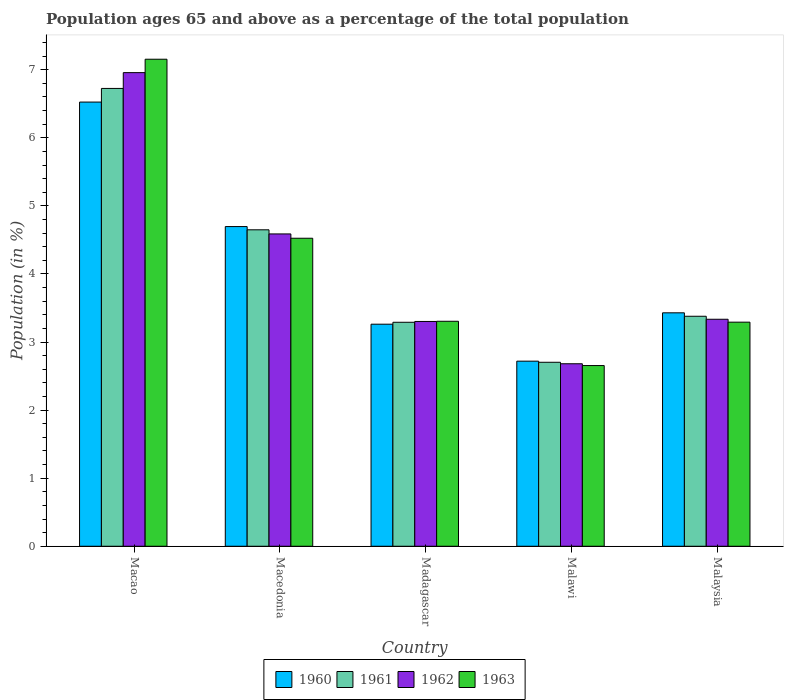
| Country | 1960 | 1961 | 1962 | 1963 |
 | --- | --- | --- | --- | --- |
 | Macao | 6.53 | 6.73 | 6.96 | 7.15 |
 | Macedonia | 4.7 | 4.65 | 4.59 | 4.52 |
 | Madagascar | 3.26 | 3.29 | 3.3 | 3.31 |
 | Malawi | 2.72 | 2.7 | 2.68 | 2.65 |
 | Malaysia | 3.43 | 3.38 | 3.33 | 3.29 |